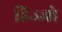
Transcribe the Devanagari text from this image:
हिज्जो